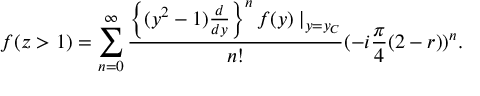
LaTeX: f ( z > 1 ) = \sum _ { n = 0 } ^ { \infty } \frac { \left\{ ( y ^ { 2 } - 1 ) \frac { d } { d y } \right\} ^ { n } f ( y ) \mid _ { y = y _ { C } } } { n ! } ( - i \frac { \pi } { 4 } ( 2 - r ) ) ^ { n } .